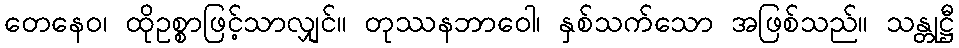
တေနေဝ၊ ထိုဥစ္စာဖြင့်သာလျှင်။ တုဿနဘာဝေါ၊ နှစ်သက်သော အဖြစ်သည်။ သန္တုဋ္ဌီ